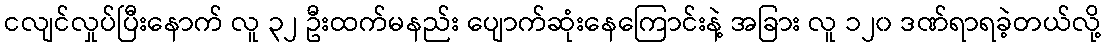
ငလျင်လှုပ်ပြီးနောက် လူ ၃၂ ဦးထက်မနည်း ပျောက်ဆုံးနေကြောင်းနဲ့ အခြား လူ ၁၂၀ ဒဏ်ရာရခဲ့တယ်လို့